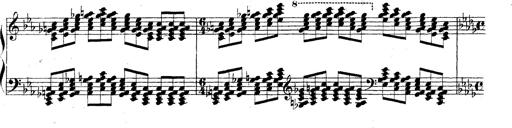
Title: Technische Studien
Composer: Franz Liszt